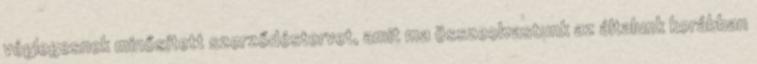
véglegesnek minősített szerződéstervet, amit ma összeolvastunk az általunk korábban